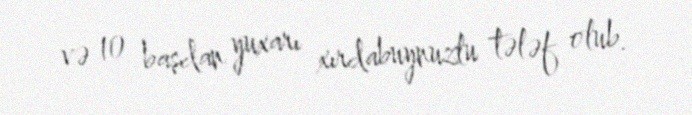
və 10 başdan yuxarı xırdabuynuzlu tələf olub.